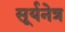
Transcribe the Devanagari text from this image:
सूर्यनेत्र